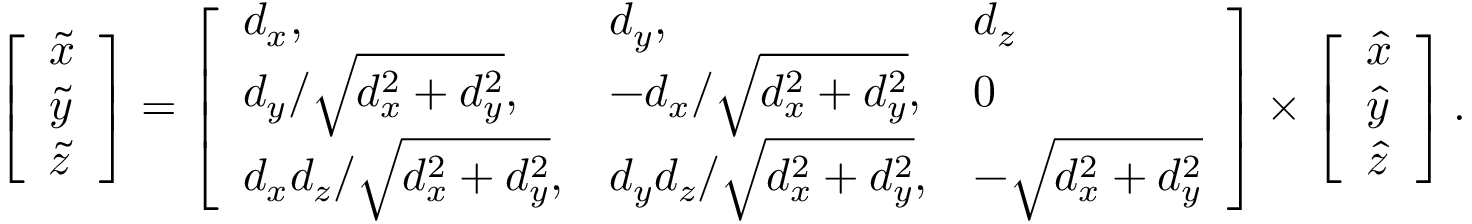
\begin{array} { r } { \left[ \begin{array} { l } { \tilde { x } } \\ { \tilde { y } } \\ { \tilde { z } } \end{array} \right] = \left[ \begin{array} { l l l } { d _ { x } , } & { d _ { y } , } & { d _ { z } } \\ { { d _ { y } } / { \sqrt { d _ { x } ^ { 2 } + d _ { y } ^ { 2 } } } , } & { { - d _ { x } } / { \sqrt { d _ { x } ^ { 2 } + d _ { y } ^ { 2 } } } , } & { 0 } \\ { { d _ { x } d _ { z } } / { \sqrt { d _ { x } ^ { 2 } + d _ { y } ^ { 2 } } } , } & { { d _ { y } d _ { z } } / { \sqrt { d _ { x } ^ { 2 } + d _ { y } ^ { 2 } } } , } & { - \sqrt { d _ { x } ^ { 2 } + d _ { y } ^ { 2 } } } \end{array} \right] \times \left[ \begin{array} { l } { \hat { x } } \\ { \hat { y } } \\ { \hat { z } } \end{array} \right] . } \end{array}